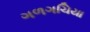
ગળગચિયા